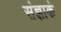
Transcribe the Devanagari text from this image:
संज्ञाकं